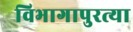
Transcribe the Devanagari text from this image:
विभागापुरत्या